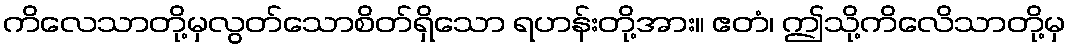
ကိလေသာတို့မှလွတ်သောစိတ်ရှိသော ရဟန်းတို့အား။ ဧတံ၊ ဤသို့ကိလေိသာတို့မှ